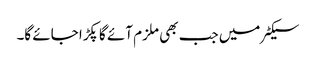
سیکٹر میں جب بھی ملزم آئے گا پکڑا جائے گا۔